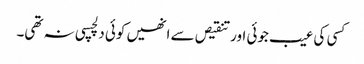
کسی کی عیب جوئی اور تنقیص سے انھیں کوئی دلچسپی نہ تھی۔